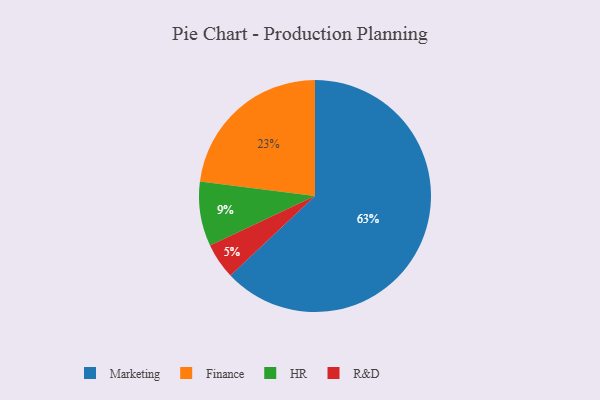
{"axis": {"x": "Category", "y": "Percentage"}, "legend": ["Finance", "HR", "Marketing", "R&D"], "data": [{"x": "Marketing", "y": 63, "type": "Marketing"}, {"x": "HR", "y": 9, "type": "HR"}, {"x": "Finance", "y": 23, "type": "Finance"}, {"x": "R&D", "y": 5, "type": "R&D"}]}